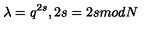
\lambda = q ^ { 2 s } , 2 s = 2 s m o d N